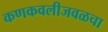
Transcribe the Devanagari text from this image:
कणकवलीजवळचा